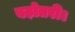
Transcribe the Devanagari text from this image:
बढ़ोतरी।